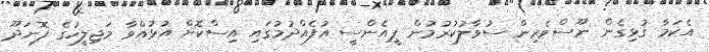
އެކަމާ ގުޅިގެން ނޫސްވެރިން ސުވާލުކުރުމުން ޕީއެންސީ އުފެއްދުމުގައި އިސްކޮށް އުޅުއްވާ މަޖިލީހުގެ ފޮނަދޫ